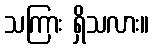
သကြား ရှိသလား။